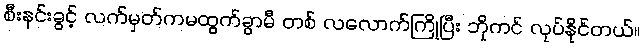
စီးနင်းခွင့် လက်မှတ်ကမထွက်ခွာမီ တစ် လလောက်ကြိုပြီး ဘိုကင် လုပ်နိုင်တယ်။